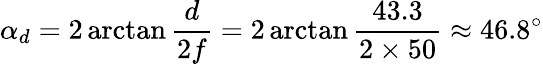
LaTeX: \alpha_{d}=2\arctan{\frac{d}{2f}}=2\arctan{\frac{43.3}{2\times 50}}\approx 46.8^{\circ}